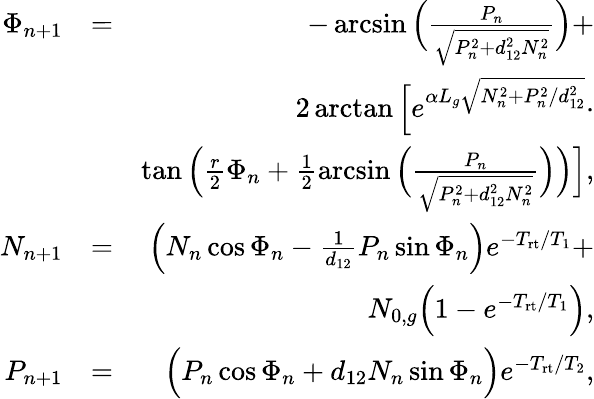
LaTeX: \begin{array}{rlr}{\Phi_{n+1}}&{=}&{-\arcsin\Big(\frac{P_{n}}{\sqrt{P_{n}^{2}+d_{12}^{2}N_{n}^{2}}}\Big)+}\\ &{}&{2\arctan\Big[e^{\alpha L_{g}\sqrt{N_{n}^{2}+P_{n}^{2}/d_{12}^{2}}}\cdot}\\ &{}&{\tan\Big(\frac{r}{2}\Phi_{n}+\frac{1}{2}\arcsin\Big(\frac{P_{n}}{\sqrt{P_{n}^{2}+d_{12}^{2}N_{n}^{2}}}\Big)\Big)\Big],}\\ {N_{n+1}}&{=}&{\Big(N_{n}\cos\Phi_{n}-\frac{1}{d_{12}}P_{n}\sin\Phi_{n}\Big)e^{-T_{\mathrm{rt}}/T_{1}}+}\\ &{}&{N_{0,g}\Big(1-e^{-T_{\mathrm{rt}}/T_{1}}\Big),}\\ {P_{n+1}}&{=}&{\Big(P_{n}\cos\Phi_{n}+d_{12}N_{n}\sin\Phi_{n}\Big)e^{-T_{\mathrm{rt}}/T_{2}},}\end{array}